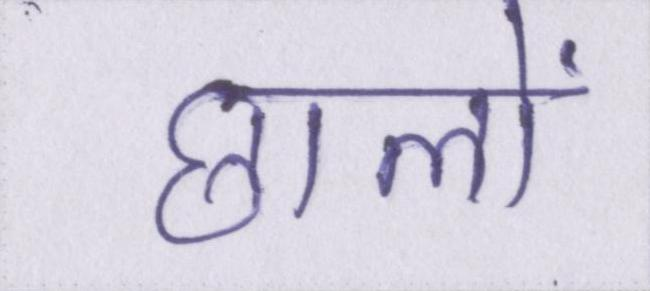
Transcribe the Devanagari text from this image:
छालों